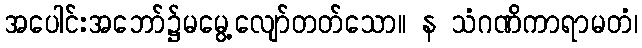
အပေါင်းအဘော်၌မမွေ့လျော်တတ်သော။ န သံဂဏိကာရာမတံ၊